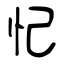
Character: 忋